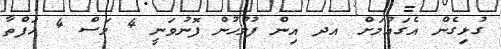
ގުޅިގެން އެގައުމަށް އދ އިން ފުލުހުން ފޮނުވަނީ 4 މަސް 4 ހަފްތާ